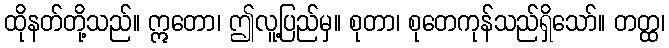
ထိုနတ်တို့သည်။ ဣတော၊ ဤလူ့ပြည်မှ။ စုတာ၊ စုတေကုန်သည်ရှိသော်။ တတ္ထ၊